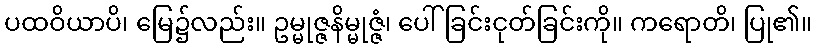
ပထဝိယာပိ၊ မြေ၌လည်း။ ဥမ္မုဇ္ဇနိမ္မုဇ္ဇံ၊ ပေါ်ခြင်းငုတ်ခြင်းကို။ ကရောတိ၊ ပြု၏။